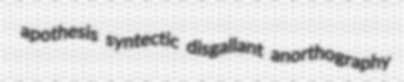
apothesis syntectic disgallant anorthography